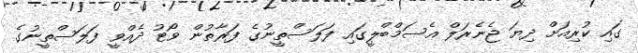
ގައި ކުރިއަށް ދިޔަ ޖެނެރަލް އެސަމްބްލީގައި ފަލަސްތީނުގެ ފަރާތުން ވޯޓު ދެއްވީ ފަލަސްތީނުގެ